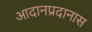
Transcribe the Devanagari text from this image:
आदानप्रदानास